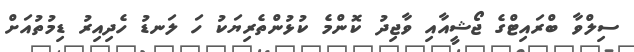
ސިލްވާ ބްރައިޓްގެ ޖޯޝީއާއި ވާޖިދު ކޮންމެ ކުޅުންތެރިޔަކު ހަ ލަނޑު ހެދިއިރު ޑިމުތުއަށް